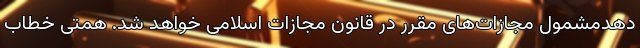
دهدمشمول مجازات‌های مقرر در قانون مجازات اسلامی خواهد شد. همتی خطاب